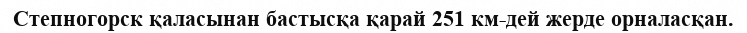
Степногорск қаласынан бастысқа қарай 251 км-дей жерде орналасқан.